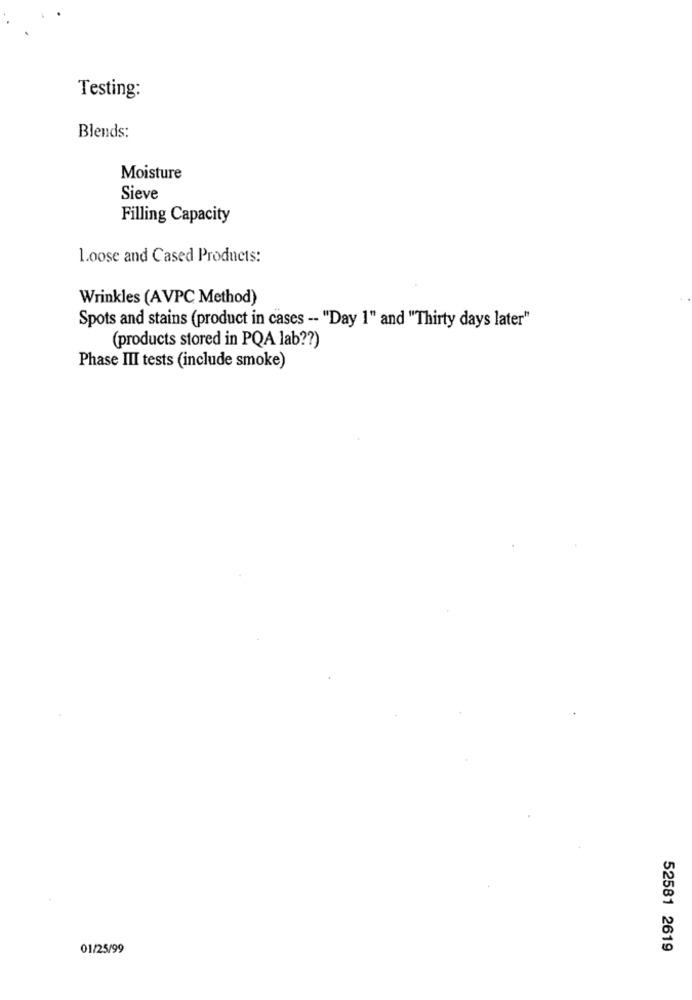
Testing:
Blends:
Moisture
Sieve
Filling Capacity
loose and Cased Products:
Wrinkles (AVPC Method)
Spots and stains (product in cases -- "Day 1" and "Thirty days later"
(products stored in PQA lab ?? )
Phase III tests (include smoke)
01/25/99
52581 2619